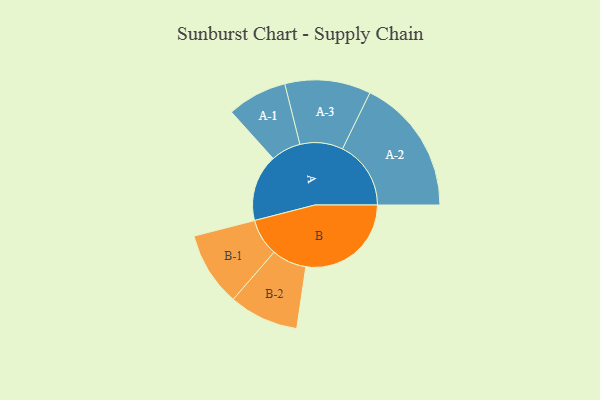
{"axis": {"x": "Segment", "y": "Value"}, "legend": ["", "A", "B"], "data": [{"x": "A", "y": 288, "type": ""}, {"x": "B", "y": 454, "type": ""}, {"x": "A-1", "y": 129, "type": "A"}, {"x": "A-2", "y": 295, "type": "A"}, {"x": "A-3", "y": 185, "type": "A"}, {"x": "B-1", "y": 160, "type": "B"}, {"x": "B-2", "y": 150, "type": "B"}]}